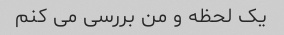
یک لحظه و من بررسی می کنم